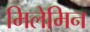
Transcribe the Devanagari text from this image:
मिलेमिन